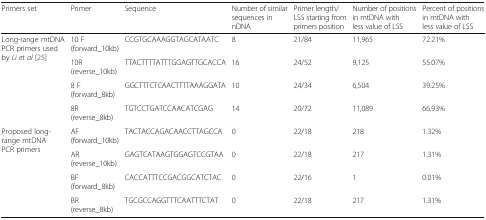
<table><thead><tr><td><b>Primers set</b></td><td><b>Primer</b></td><td><b>Sequence</b></td><td><b>Number of similar sequences in nDNA</b></td><td><b>Primer length/LSS starting from primers position</b></td><td><b>Number of positions in mtDNA with less value of LSS</b></td><td><b>Percent of positions in mtDNA with less value of LSS</b></td></tr></thead><tbody><tr><td rowspan="4">Long-range mtDNA PCR primers used by <i>Li et al</i> [25]</td><td>10 F (forward_10kb)</td><td>CCGTGCAAAGGTAGCATAATC</td><td>8</td><td>21/84</td><td>11,965</td><td>72.21%</td></tr><tr><td>10R (reverse_10kb)</td><td>TTACTTTTATTTGGAGTTGCACCA</td><td>16</td><td>24/52</td><td>9,125</td><td>55.07%</td></tr><tr><td>8 F (forward_8kb)</td><td>GGCTTTCTCAACTTTTAAAGGATA</td><td>10</td><td>24/34</td><td>6,504</td><td>39.25%</td></tr><tr><td>8R (reverse_8kb)</td><td>TGTCCTGATCCAACATCGAG</td><td>14</td><td>20/72</td><td>11,089</td><td>66.93%</td></tr><tr><td rowspan="4">Proposed long-range mtDNA PCR primers</td><td>AF (forward_10kb)</td><td>TACTACCAGACAACCTTAGCCA</td><td>0</td><td>22/18</td><td>218</td><td>1.32%</td></tr><tr><td>AR (reverse_10kb)</td><td>GAGTCATAAGTGGAGTCCGTAA</td><td>0</td><td>22/18</td><td>217</td><td>1.31%</td></tr><tr><td>BF (forward_8kb)</td><td>CACCATTTCCGACGGCATCTAC</td><td>0</td><td>22/16</td><td>1</td><td>0.01%</td></tr><tr><td>BR (reverse_8kb)</td><td>TGCGCCAGGTTTCAATTTCTAT</td><td>0</td><td>22/18</td><td>217</td><td>1.31%</td></tr></tbody></table>